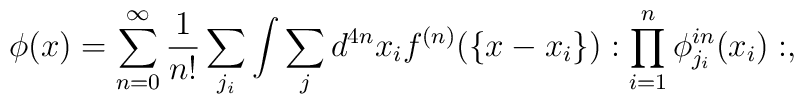
\phi(x)=\sum_{n=0}^{\infty} \frac{1}{n!} \sum_{j_i}\int \sum_j d^{4n}x_i f^{(n)}(\{x-x_i\}):\prod_{i=1} ^n \phi_{j_i}^{in} (x_i):,